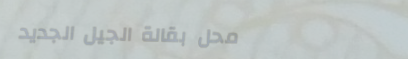
محل بقالة الجيل الجديد